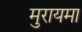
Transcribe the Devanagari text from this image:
मुरायमा